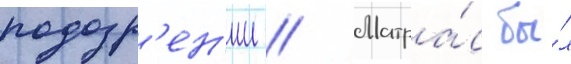
подозр'ен'ии // Матра́с бы́л